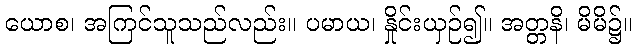
ယောစ၊ အကြင်သူသည်လည်း။ ပမာယ၊ နှိုင်းယှဉ်၍။ အတ္တနိ၊ မိမိ၌။